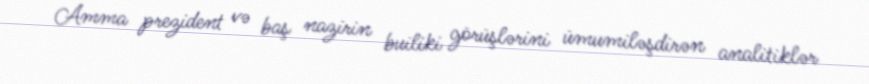
Amma prezident və baş nazirin builiki görüşlərini ümumiləşdirən analitiklər